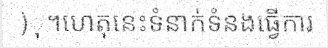
)ុ។ហេតុនេះទំនាក់ទំនងធ្វើការ